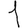
Digit: 1